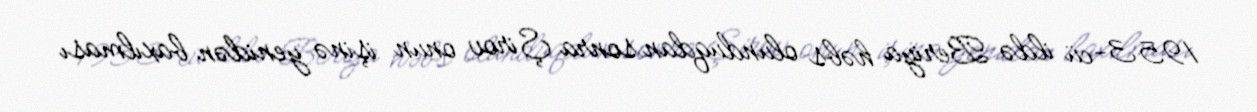
1953-cü ildə Beriya həbs olunduqdan sonra Şirov onun işinə yenidən baxılması